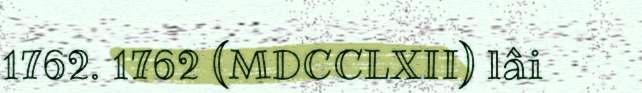
1762. 1762 (MDCCLXII) lâi